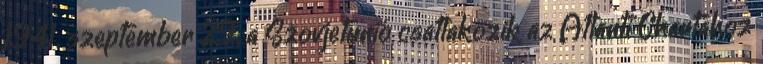
1941. szeptember 29. a Szovjetunió csatlakozik az Atlanti Chartához